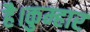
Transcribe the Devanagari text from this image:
है।कुम्हार